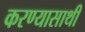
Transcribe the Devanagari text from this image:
करण्यासाथी